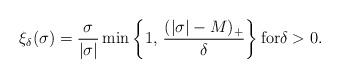
LaTeX: \begin{align*}\xi_\delta(\sigma)=\dfrac{\sigma}{|\sigma|}\min\left\{1,\,\frac{(|\sigma|-M)_{+}}{\delta} \right\}\textrm{for}\delta>0.\end{align*}